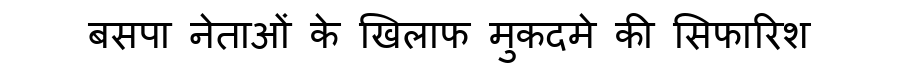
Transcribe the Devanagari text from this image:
बसपा नेताओं के खिलाफ मुकदमे की सिफारिश